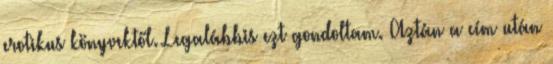
erotikus könyvektől. Legalábbis ezt gondoltam. Aztán a cím után